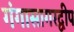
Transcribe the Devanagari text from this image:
गंगासागरद्वीप